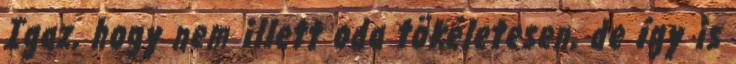
Igaz, hogy nem illett oda tökéletesen, de így is